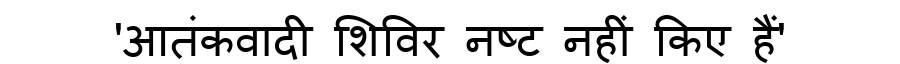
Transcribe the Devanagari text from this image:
'आतंकवादी शिविर नष्ट नहीं किए हैं'